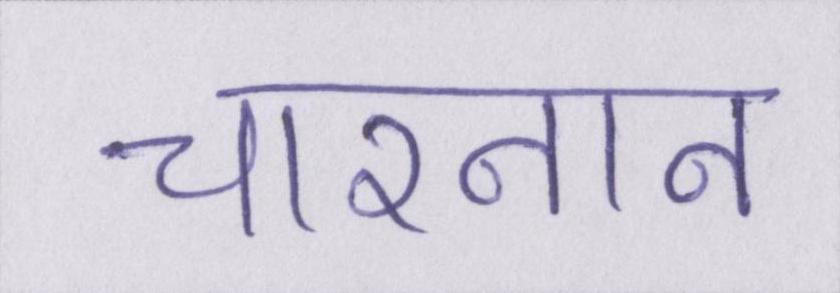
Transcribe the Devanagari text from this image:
चारनान